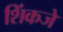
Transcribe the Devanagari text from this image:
शिंकजे